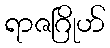
ရာဇဂြိုဟ်